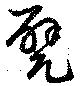
甓